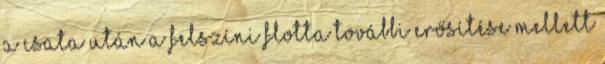
a csata után a felszíni flotta további erősítése mellett